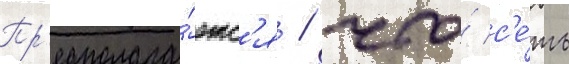
Пр'едполага́етс'я / что́ с'е́ть